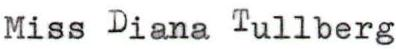
Miss Diana Tullberg